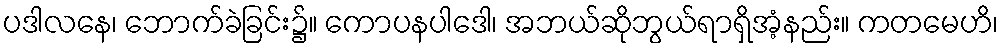
ပဒါလနေ၊ ဘောက်ခဲခြင်း၌။ ကောပနပါဒေါ၊ အဘယ်ဆိုဘွယ်ရာရှိအံ့နည်း။ ကတမေဟိ၊